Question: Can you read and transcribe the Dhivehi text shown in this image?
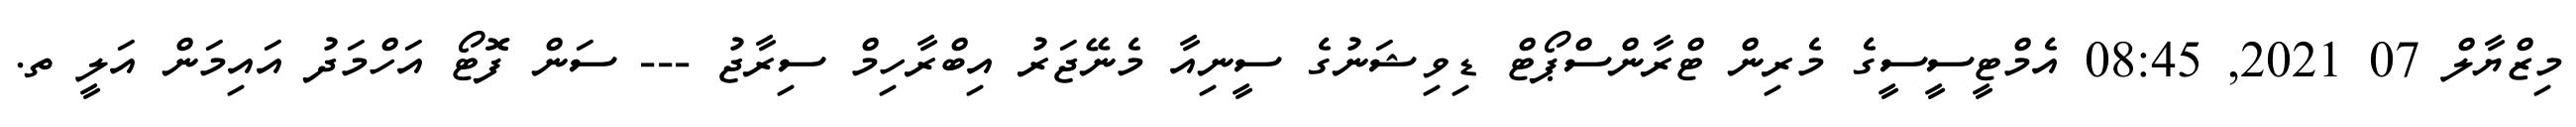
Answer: މިޒްޔާލް 07 2021, 08:45 އެމްޓީސީސީގެ މެރިން ޓްރާންސްޕޯޓް ޑިވިޝަނުގެ ސީނިއާ މެނޭޖަރު އިބްރާހިމް ސިރާޖު --- ސަން ފޮޓޯ އަހްމަދު އައިމަން އަލީ ތ.